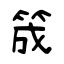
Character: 筬